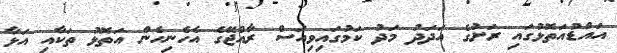
އައްޑުއަތޮޅުގައި ރަށުގެ އަދަދު މަދު ކަމުގައިވިއަސް ރާއްޖޭގެ އެހެނިހެން އަތޮޅު ތަކާއި އަޅާ